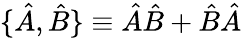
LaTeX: \{ \hat{A},\hat{B}\} \equiv\hat{A}\hat{B}+\hat{B}\hat{A}